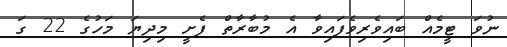
ނުވަ ޓީމެއް ބައިވެރިވެފައިވާ އެ މުބާރާތް ފެށީ މިދިޔަ މަހުގެ 22 ގަ